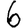
Digit: 6